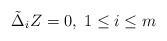
LaTeX: \begin{align*} \tilde{\Delta}_i Z = 0, \; 1 \leq i \leq m \end{align*}